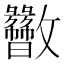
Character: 𫿬